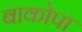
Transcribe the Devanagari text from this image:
बाकोपा